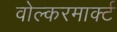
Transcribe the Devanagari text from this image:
वोल्करमार्क्ट